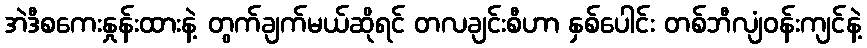
အဲဒီစကေးနှုန်းထားနဲ့ တွက်ချက်မယ်ဆိုရင် တလချင်းစီဟာ နှစ်ပေါင်း တစ်ဘီလျံဝန်းကျင်နဲ့